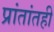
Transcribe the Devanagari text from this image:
प्रांतांतही